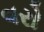
વરો